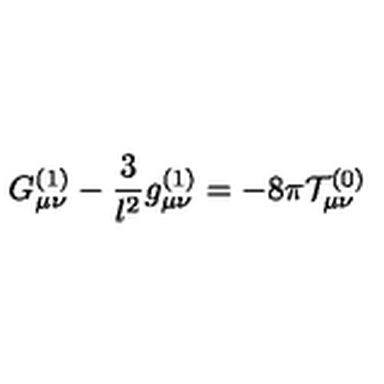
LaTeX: G _ { \mu \nu } ^ { ( 1 ) } - \frac { 3 } { l ^ { 2 } } g _ { \mu \nu } ^ { ( 1 ) } = - 8 \pi { \cal T } _ { \mu \nu } ^ { ( 0 ) }